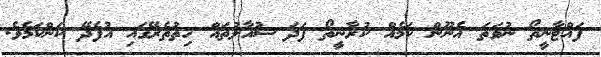
ފައްޓާނީތޯ ނުވަތަ އެނޫން ކަމެއް ކުރާނީތޯ ފަދަ ސުއާލުތައް ހިތުތެރޭގައި އުފެދޭ ކަންކަމެވެ.